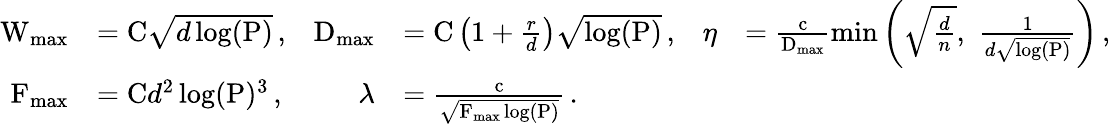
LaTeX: \begin{array}{rlrlrl}{\textrm{W}_{\operatorname*{max}}}&{=\textrm{C}\sqrt{d\log(\textrm{P})}\, ,}&{\textrm{D}_{\operatorname*{max}}}&{=\textrm{C}\left(1+\frac{r}{d}\right)\sqrt{\log(\textrm{P})}\, ,}&{\eta}&{=\frac{\textrm{c}}{\textrm{D}_{\operatorname*{max}}}\operatorname*{min}\left(\sqrt{\frac{d}{n}},\, \, \frac{1}{d\sqrt{\log(\textrm{P})}}\right)\, ,}\\ {\textrm{F}_{\operatorname*{max}}}&{=\textrm{C}d^{2}\log(\textrm{P})^{3}\, ,}&{\lambda}&{=\frac{\textrm{c}}{\sqrt{\textrm{F}_{\operatorname*{max}}\log(\textrm{P})}}\, .}\end{array}